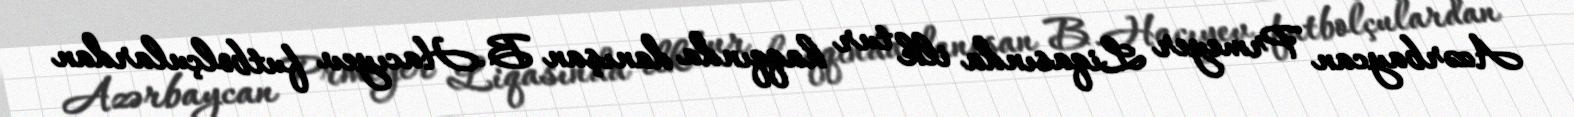
Azərbaycan Prmeyer Liqasında ilk tur haqqında danışan B.Hacıyev futbolçulardan